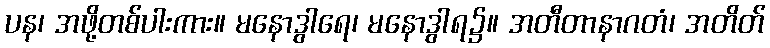
ပန၊ အဖို့တစ်ပါးကား။ မနောဒွါရေ၊ မနောဒွါရ၌။ အတီတာနာဂတံ၊ အတိတ်